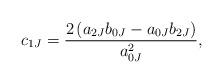
LaTeX: \begin{align*}c_{1J} = \frac{2 \left( a_{2J} b_{0J} - a_{0J} b_{2J} \right)}{a_{0J}^2},\end{align*}